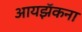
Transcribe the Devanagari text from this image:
आयझॅकना